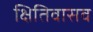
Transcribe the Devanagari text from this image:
क्षितिवासव